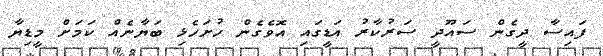
ފައިސާ ދީގެން ސައޫދީ ސަރުކާރު އަޑީގައި އޮވެގެން ހުށަހެޅި ބަޔާނެއް ކަމަށް މީޑިޔާ